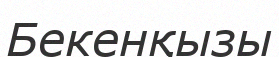
Бекенқызы